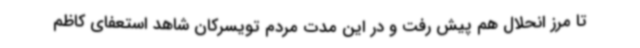
تا مرز انحلال هم پیش رفت و در این مدت مردم تویسرکان شاهد استعفای کاظم